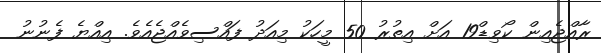
ރާއްޖެއިން ކޯވިޑް19 އަށް އިތުރު 50 މީހަކު މިއަދު ފައްސިވެއްޖެއެވެ. އިއްޔެ ފެނުނު